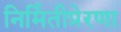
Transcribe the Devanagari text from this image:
निर्मितीप्रेरणा